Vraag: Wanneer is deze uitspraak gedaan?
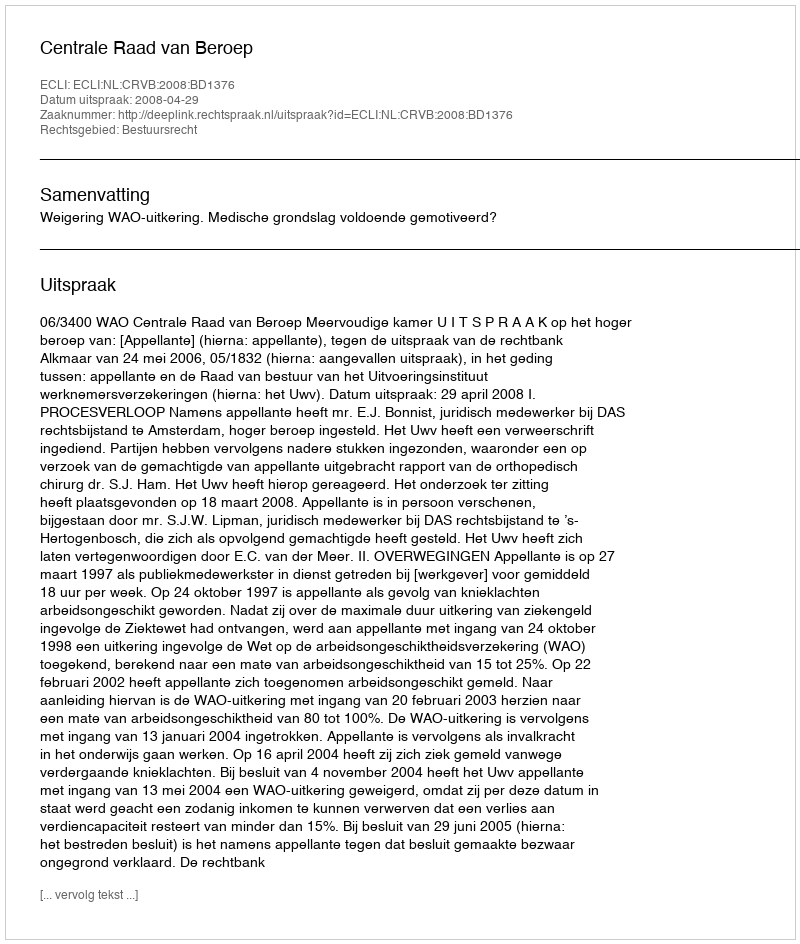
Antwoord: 2008-04-29